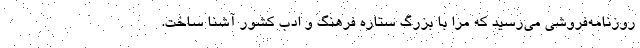
روزنامه‌فروشی می‌رسید که مرا با بزرگ ستاره فرهنگ و ادب کشور آشنا ساخت.